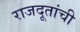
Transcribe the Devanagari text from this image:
राजदूतांची